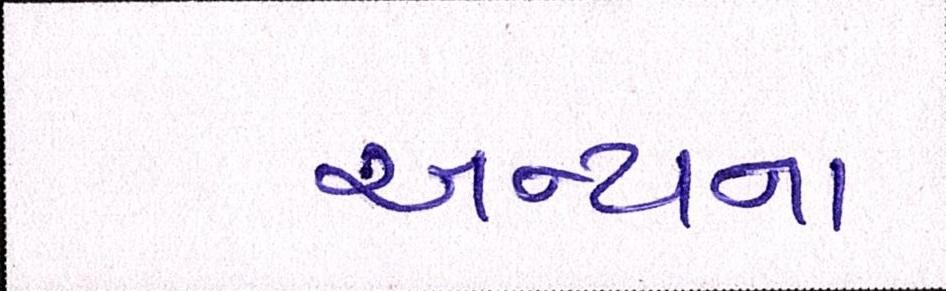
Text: અન્યના